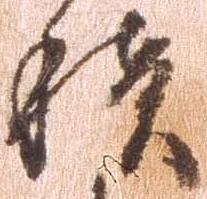
積